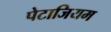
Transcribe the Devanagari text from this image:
पेटाजियम